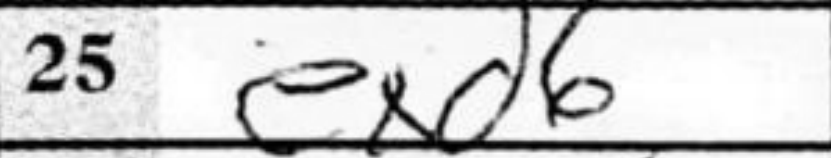
Transcription: exd6